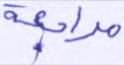
مراجعة